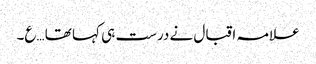
علامہ اقبال نے درست ہی کہا تھا …ع۔